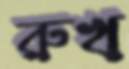
রুখ